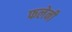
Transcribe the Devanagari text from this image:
फलेनी